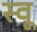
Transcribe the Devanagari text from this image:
स्वू